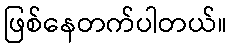
ဖြစ်နေတက်ပါတယ်။